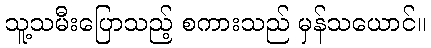
သူ့သမီးပြောသည့် စကားသည် မှန်သယောင်။